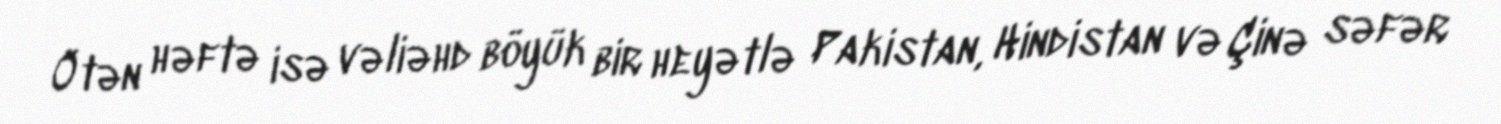
Ötən həftə isə vəliəhd böyük bir heyətlə Pakistan, Hindistan və Çinə səfər